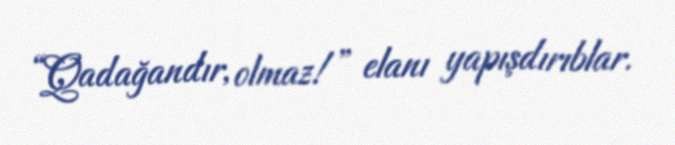
“Qadağandır, olmaz!” elanı yapışdırıblar.